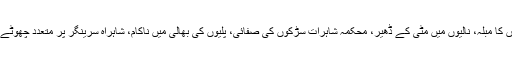
26 جون2018ء) بارشوں کا مبلہ، نالیوں میں مٹی کے ڈھیر، محکمہ شاہرات سڑکوں کی صفائی، پلیوں کی بھالی میں ناکام، شاہراہ سرینگر پر متعدد چھوٹے پل متاثر ہونے کا خطرہ۔